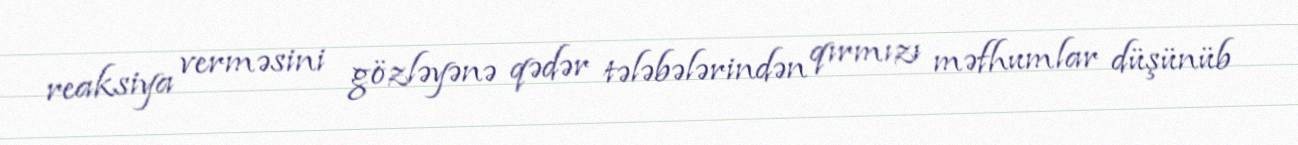
reaksiya verməsini gözləyənə qədər tələbələrindən qırmızı məfhumlar düşünüb